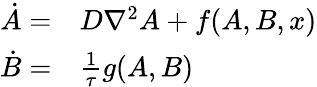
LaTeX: \begin{array}{rl}{\dot{A}=}&{{}D\nabla^{2}A+f(A,B,x)}\\ {\dot{B}=}&{{}\frac{1}{\tau}g(A,B)}\end{array}